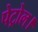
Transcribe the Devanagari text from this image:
पेट्रोल।